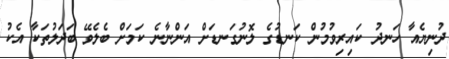
ދުނިޔެއާ ހަނދު ކައިރިވުމުން ކަނޑުގެ ލޮނުގަނޑަށް އަންނާނެ ކަމަށް ބެލެވޭ ބަދަލުތަކާ އެކު